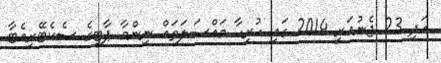
އަދި 23 ޖެނުއަރީ 2014 ގައި ހުރިހާ މައްސަލަތައް ނިންމާ ޕާޓީގެ ސެކެޓޭރިއެޓާ